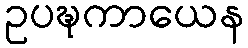
ဥပဍ္ဎကာယေန